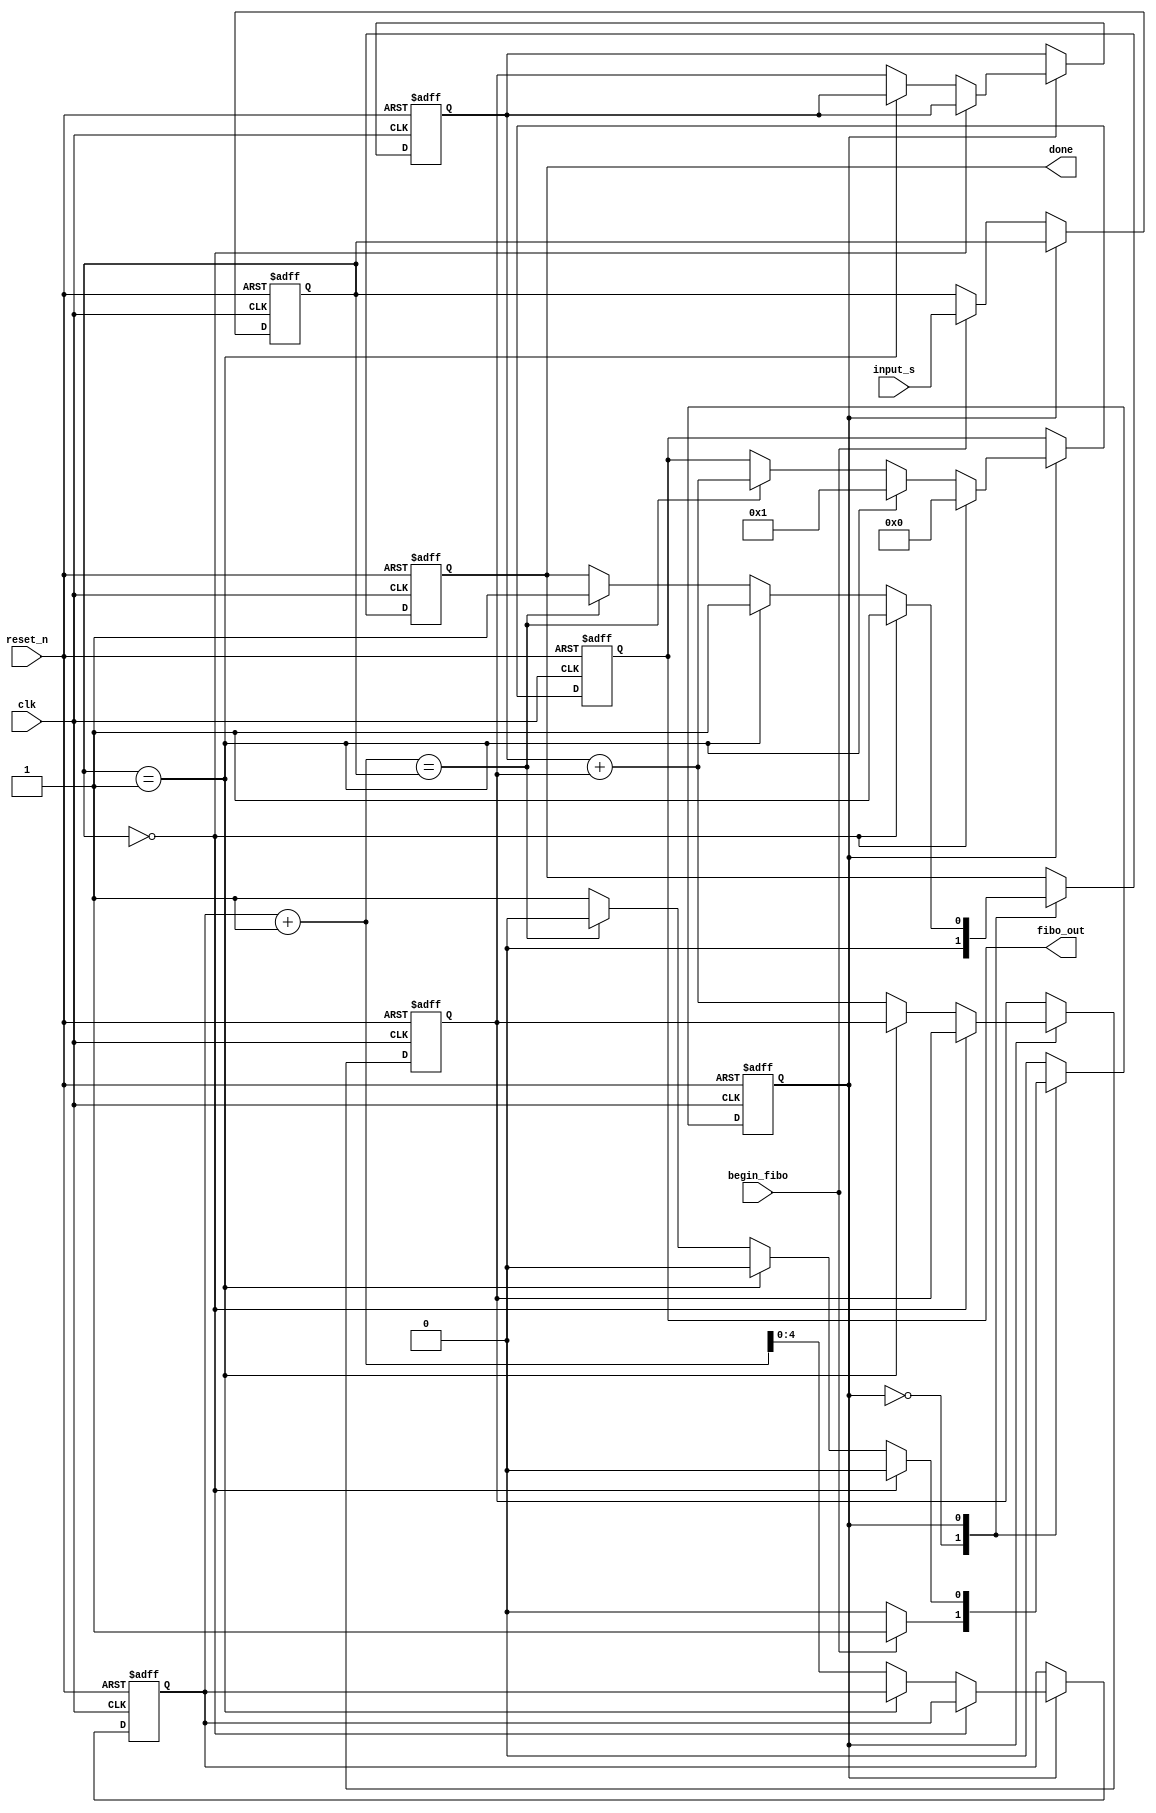
module fibonacci_calculator(
clk,
reset_n,
input_s,
begin_fibo,
done,
fibo_out
);

input [4:0] input_s;
input reset_n;
input begin_fibo;
input clk;
output done;
output[15:0] fibo_out;

reg state;
reg [4:0] signal;
reg [15:0] fibo_out;
reg done;
reg [15:0] f0;
reg [15:0] f1;
reg [4:0] counter;

parameter s0=0,s1=1;			

always @ (posedge clk or negedge reset_n)
	begin
		if(!reset_n)begin
			state<=s0;
			f0<=16'b0;
			f1<=16'b1;
			counter<=4'b1;
			fibo_out<=16'b0;
			done<=0;
			signal<=4'b0;
			end			
		else begin
			case(state)
				s0:begin							//Idle state
					done<=0;
					if(begin_fibo)begin
						state<=s1;
						signal<=input_s;
						end
					else 
						state<=s0;
					end
				s1:begin
					if(signal==0)begin
						fibo_out<=16'b0;
						done<=1;
						state<=s0;
						end
					else if(signal==1)begin
						fibo_out<=16'b1;
						done<=1;
						state<=s0;
						end
					else begin
						f0<=f1;
						f1<=f0+f1;
						counter<=counter+1;
						if(counter+1==signal)begin	
							done<=1;
							fibo_out<=f1+f0;
							state<=s0;
							end	
						end						
					end
				endcase
			end
			
	end

endmodule